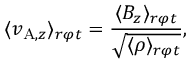
\langle v _ { \mathrm { A } , z } \rangle _ { r \varphi t } = \frac { \langle B _ { z } \rangle _ { r \varphi t } } { \sqrt { \langle \rho \rangle _ { r \varphi t } } } ,